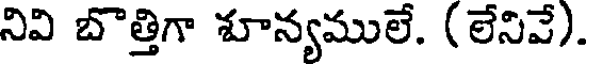
నివి బొత్తిగా శూన్యములే. (లేనివే).